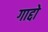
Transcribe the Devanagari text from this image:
गाद्दो